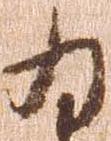
ゐ